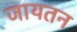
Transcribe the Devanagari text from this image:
जायतन